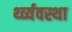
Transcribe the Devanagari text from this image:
र्थ्व्यवस्था